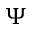
\Psi